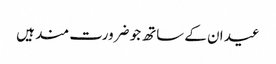
عید ان کے ساتھ جو ضرورت مند ہیں